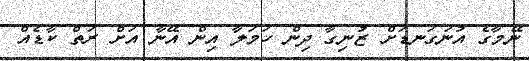
ނޭމާގެ އުނަގަނޑަށް ޒުނިގާ ދިން ހަމަލާ އިން އޭނާ އަށް ރަތް ކާޑެއް